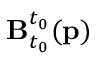
\mathbf { B } _ { t _ { 0 } } ^ { t _ { 0 } } ( \mathbf { p } )